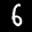
Label: 6